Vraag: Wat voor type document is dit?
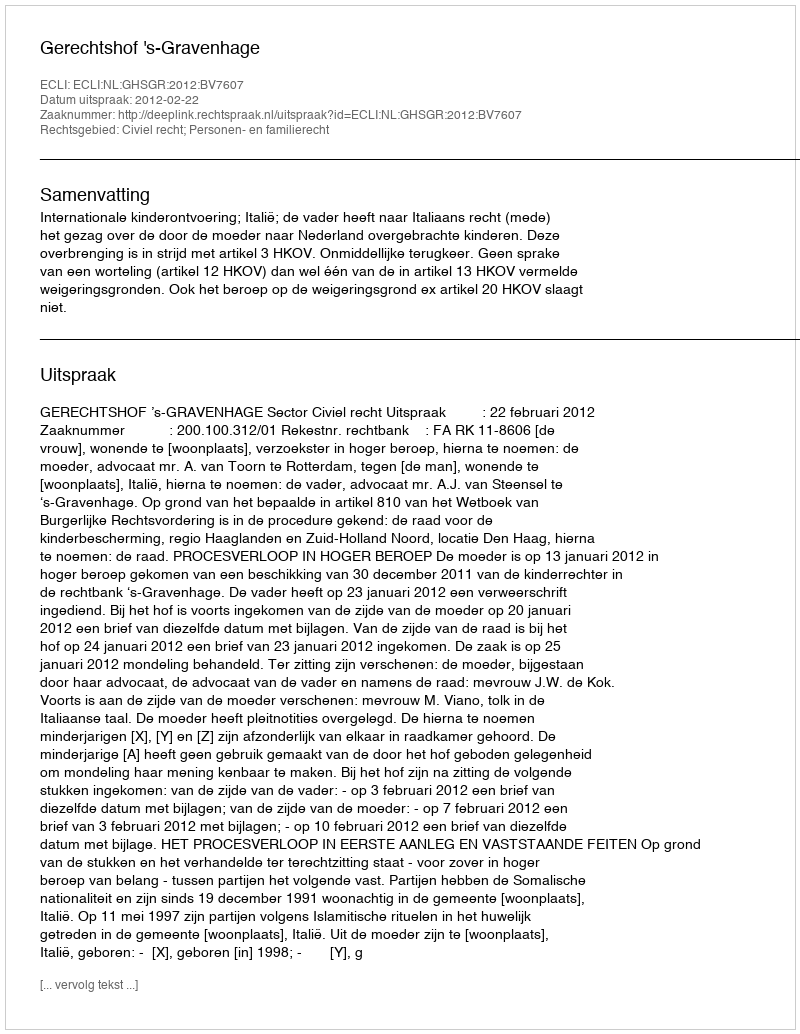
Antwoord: Uitspraak